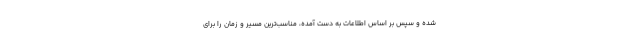
شده و سپس بر اساس اطلاعات به دست آمده، مناسب‌ترین مسیر و زمان را برای